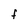
Character: f